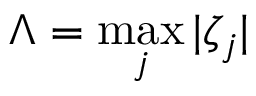
\Lambda = \operatorname* { m a x } _ { j } | \zeta _ { j } |